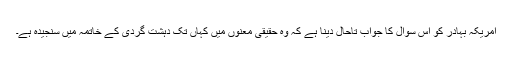
امریکہ بہادر کو اس سوال کا جواب تاحال دینا ہے کہ وہ حقیقی معنوں میں کہاں تک دہشت گردی کے خاتمہ میں سنجیدہ ہے۔